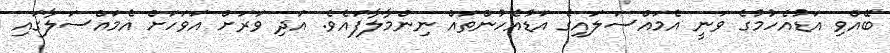
ބޭއްވި އަޑުއެހުމުގެ ވަނީ އެމައްސަލައިގެ އަޑުއެހުންތައް ނިންމާލާފައެވެ. އަދި ވަރަށް އަވަހަށް އެމައްސަލާގައި